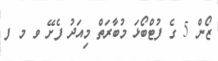
ޒޯން 5 ގެ ފުޓްބޯޅަ މުބާރަތް މިއަދު ފެށޭ ވ މ ފ